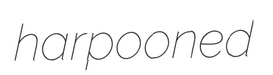
harpooned